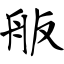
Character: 舨